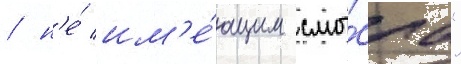
/ н'е́ им'е́ющим смы́сла"